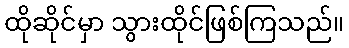
ထိုဆိုင်မှာ သွားထိုင်ဖြစ်ကြသည်။